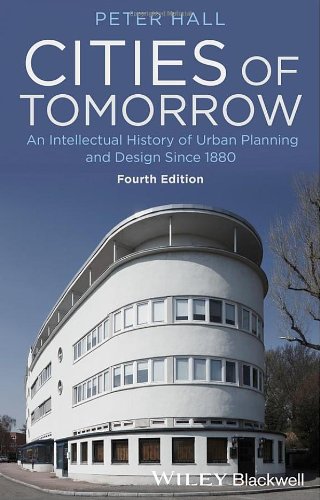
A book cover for Cities of Tomorrow: An Intellectual History of Urban Planning and Design Since 1880; Peter Hall; Politics & Social Sciences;